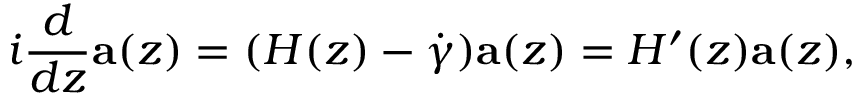
i \frac { d } { d z } \mathbf { a } ( z ) = ( H ( z ) - \dot { \gamma } ) \mathbf { a } ( z ) = H ^ { \prime } ( z ) \mathbf { a } ( z ) ,